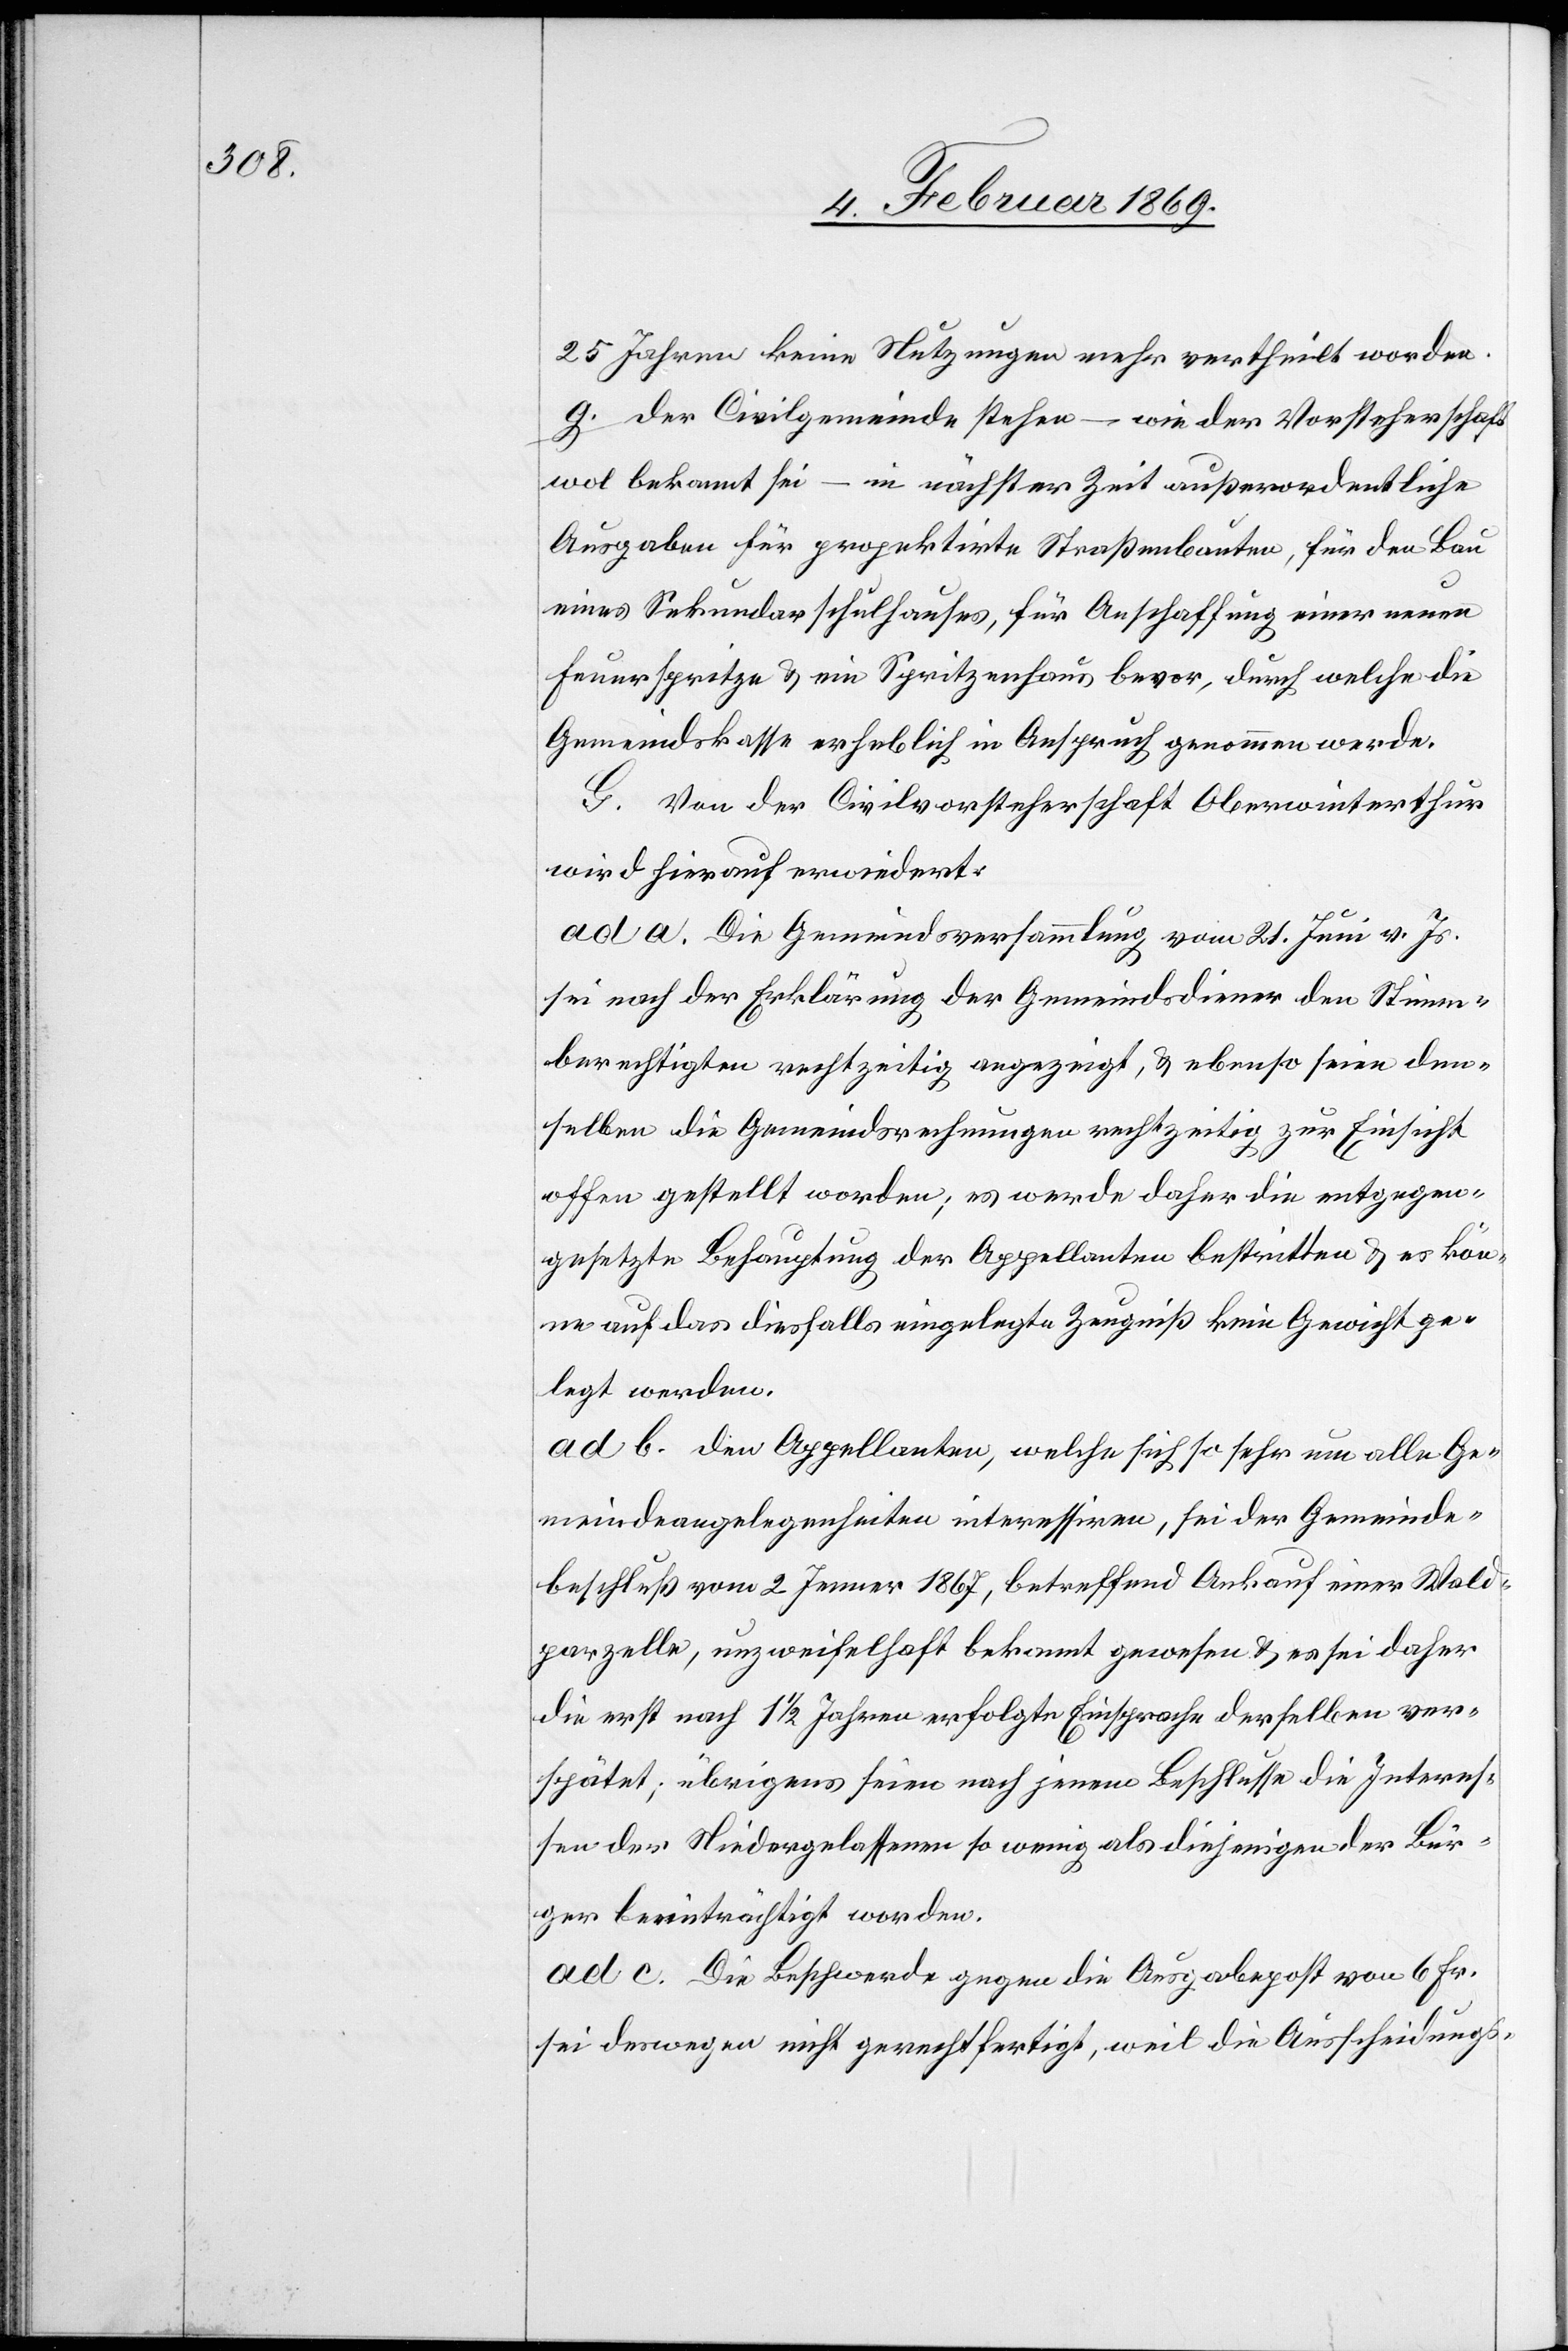
25 Jahren keine Nutzungen mehr vertheilt worden.
g. Der Civilgemeinde stehen – wie der Vorsteherschaft
wol bekannt sei – in nächster Zeit außerordentliche
Ausgaben für projektirte Straßenbauten, für den Bau
eines Sekundarschulhauses, für Anschaffung einer neuen
Feuerspritze u. ein Spritzenhaus bevor, durch welche die
Gemeindskasse erheblich in Anspruch genommen werde.
G. Von der Civilvorsteherschaft Oberwinterthur
wird hierauf erwiedert:
ad a. Die Gemeindsversammlung vom 21. Juni v. Js.
sei nach der Erklärung der Gemeindsdiener den Stimm¬
berechtigten rechtzeitig angezeigt, u. ebenso seien den¬
selben die Gemeindsrechnungen rechtzeitig zur Einsicht
offen gestellt worden; es werde daher die entgegen¬
gesetzte Behauptung der Appellanten bestritten u. es kön¬
ne auf das diesfalls eingelegte Zeugniss kein Gewicht ge¬
legt werden.
ad b. Den Appellanten, welche sich so sehr um alle Ge¬
meindsangelegenheiten interessiren, sei der Gemeinde¬
beschluß vom 2. Jenner 1867, betreffend Ankauf einer Wald¬
parzelle, unzweifelhaft bekannt gewesen u. es sei daher
die erst nach 1 1/2 Jahren erfolgte Einsprache derselben ver¬
spätet; übrigens seien nach jenem Beschlusse die Interes¬
sen der Niedergelassenen so wenig als diejenigen der Bür¬
ger beeinträchtigt worden.
ad c. Die Beschwerde gegen die Ausgabepost von 6 Fr.
sei deswegen nicht gerechtfertigt, weil die Ausscheidungs-